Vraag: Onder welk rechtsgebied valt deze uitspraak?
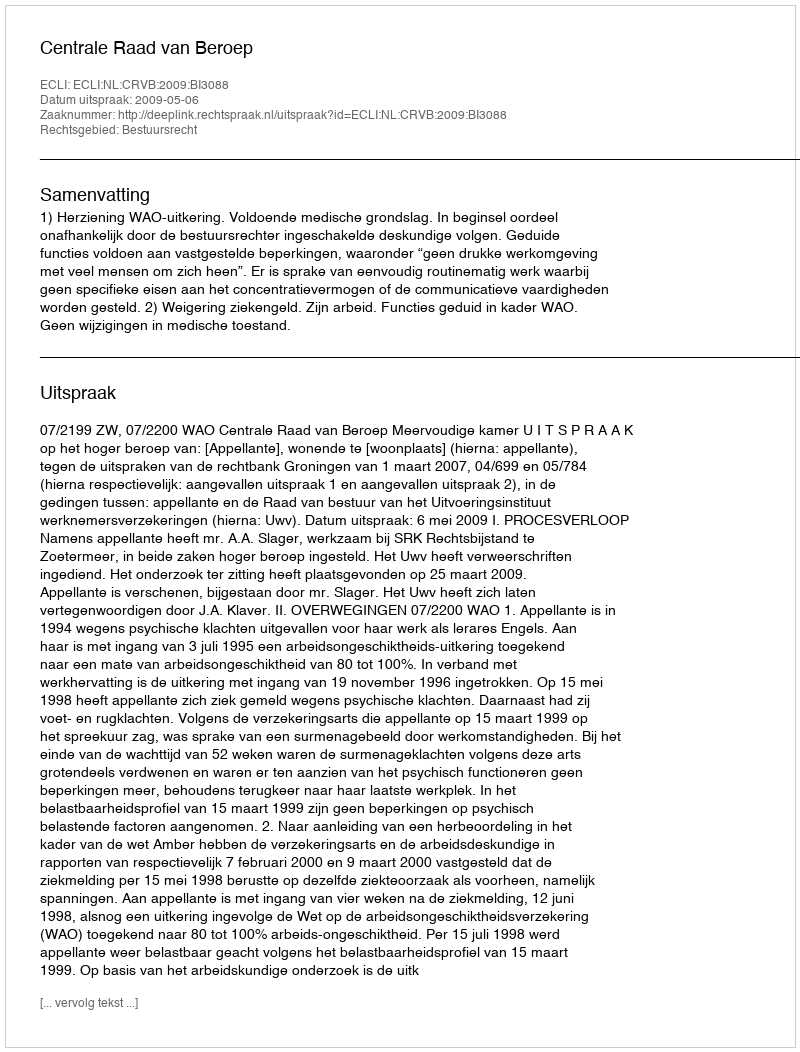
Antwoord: Bestuursrecht